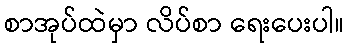
စာအုပ်ထဲမှာ လိပ်စာ ရေးပေးပါ။